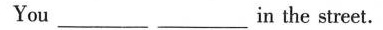
You ___ ___in the street.